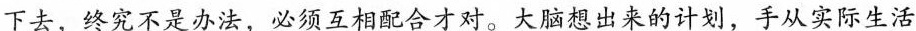
下去，终究不是办法，必须互相配合才对。大脑想出来的计划，手从实际生活